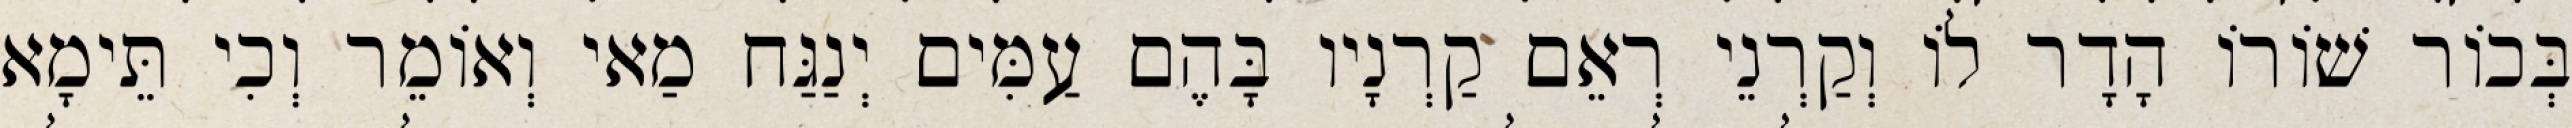
בְּכוֹר שׁוֹרוֹ הָדָר לוֹ וְקַרְנֵי רְאֵם קַרְנָיו בָּהֶם עַמִּים יְנַגַּח מַאי וְאוֹמֵר וְכִי תֵּימָא